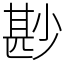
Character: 尠